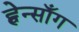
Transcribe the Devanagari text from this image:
ह्वेन्साँग